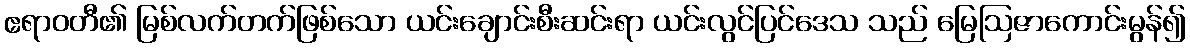
ဧရာဝတီ၏ မြစ်လက်တက်ဖြစ်သော ယင်းချောင်းစီးဆင်းရာ ယင်းလွင်ပြင်ဒေသ သည် မြေဩဇာကောင်းမွန်၍